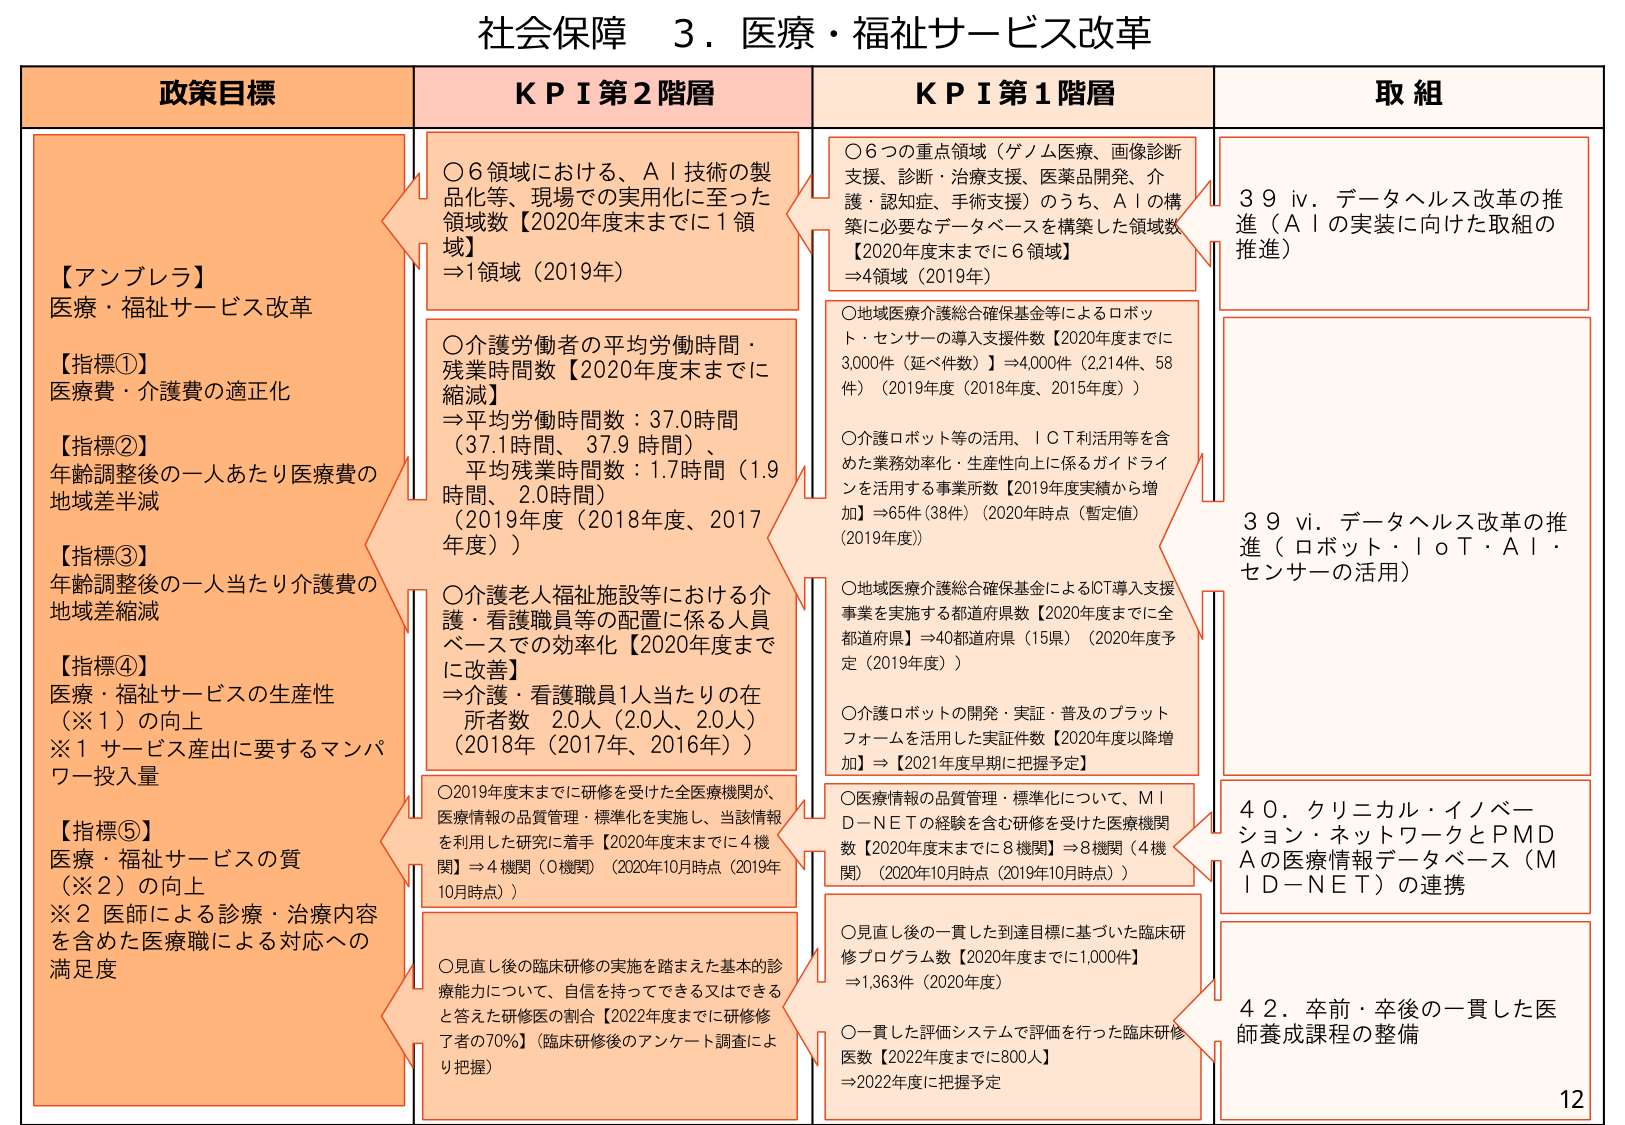
社会保障 ３．医療・福祉サービス改革

政策目標
【アンブレラ】
医療・福祉サービス改革
【指標①】
医療費・介護費の適正化
【指標②】
年齢調整後の一人あたり医療費の
地域差削減
【指標③】
年齢調整後の一人当たり介護費の
地域差削減
【指標④】
医療・福祉サービスの生産性
（※１）の向上
※１ サービス産出に要するマンパ
ワー投入量
【指標⑤】
医療・福祉サービスの質
（※２）の向上
※２ 医師による診療・治療内容
を含めた医療職による対応への
満足度

KPI 第２階層
○６領域における、ＡＩ技術の製
品化等、現場での実用化に至った
領域数【2020年度末までに１領
域】
⇒1領域（2019年）
○介護労働者の平均労働時間・
残業時間数【2020年度末までに
縮減】
⇒平均労働時間数：37.0時間
（37.1時間、37.9時間）、
平均残業時間数：1.7時間（1.9
時間、2.0時間）
（2019年度（2018年度、2017
年度））
○介護老人福祉施設等における介
護・看護職員等の配置に係る人員
ベースでの効率化【2020年度まで
に改善】
⇒介護・看護職員1人当たりの在
所者数 2.0人（20人、20人）
（2018年（2017年、2016年））
○2019年度末までに研修を受けた全医療機関が、
医療情報の品質管理・標準化を実施し、当該情報
を利用した研究に着手【2020年度末までに４機
関】⇒4機関（0機関）（2020年10月時点（2019年
10月時点））
○見直し後の臨床研修の実施を踏まえた基本的診
療能力について、自信を持ってできる又はできる
と答えた研修医の割合【2022年度までに研修修
了者の70％】（臨床研修後のアンケート調査によ
り把握）

KPI 第１階層
○６つの重点領域（ゲノム医療、画像診断
支援、診断・治療支援、医薬品開発、介
護・認知症、手術支援）のうち、ＡＩの構
築に必要なデータベースを構築した領域数
【2020年度末までに６領域】
⇒4領域（2019年）
○地域医療介護総合確保基金等によるロボッ
ト・センサーの導入支援件数【2020年度までに
3,000件（延べ件数）】⇒4,000件（2,214件、58
件）（2019年度（2018年度、2015年度））
○介護ロボット等の活用、ＩＣＴ利活用等を含
めた業務効率化・生産性向上に係るガイドライ
ンを活用する事業所数【2019年度実績から増
加】⇒65件（38件）（2020年時点（暫定値）
（2019年度））
○地域医療介護総合確保基金によるICT導入支援
事業を実施する都道府県数【2020年度までに全
都道府県】⇒40都道府県（15県）（2020年度予
定（2019年度））
○介護ロボットの開発・実証・普及のプラット
フォームを活用した実証件数【2020年度以降増
加】⇒【2021年度早期に把握予定】
○医療情報の品質管理・標準化について、ＭＩ
Ｄ－ＮＥＴの経験を含む研修を受けた医療機関
数【2020年度末までに８機関】⇒8機関（4機
関）（2020年10月時点（2019年10月時点））
○見直し後の一貫した到達目標に基づいた臨床研
修プログラム数【2020年度までに1,000件】
⇒1,363件（2020年度）
○一貫した評価システムで評価を行った臨床研修
医数【2022年度までに800人】
⇒2022年度に把握予定

取組
３９ iv．データヘルス改革の推
進（ＡＩの実装に向けた取組の
推進）
３９ vi．データヘルス改革の推
進（ロボット・ＩｏＴ・ＡＩ・
センサーの活用）
４０．クリニカル・イノベー
ション・ネットワークとＰＭＤ
Ａの医療情報データベース（Ｍ
ＩＤ－ＮＥＴ）の連携
４２．卒前・卒後の一貫した医
師養成課程の整備

12